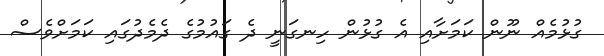
ގުޅުމެއް ނޫން ކަމަށާއި އެ ގުޅުން ހިނގަނީ ދެ ގައުމުގެ ދެމެދުގައި ކަމަށްވެސް